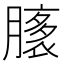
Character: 𦠸